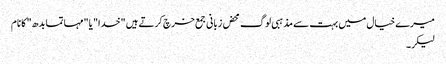
میرے خیال میں بہت سے مذہبی لوگ محض زبانی جمع خرچ کرتے ہیں "خدا" یا "مہاتما بدھ" کا نام
لیکر۔